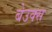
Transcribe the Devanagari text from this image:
बेउक्स